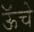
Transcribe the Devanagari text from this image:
ऊॅचे